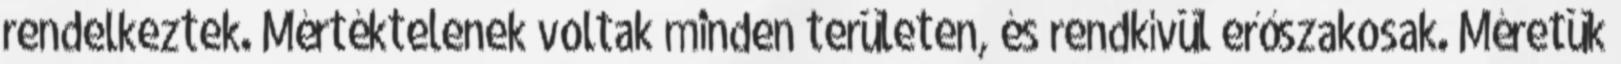
rendelkeztek. Mértéktelenek voltak minden területen, és rendkívül erőszakosak. Méretük